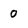
Character: 0